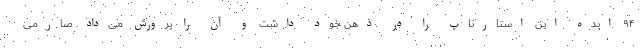
۹۴ ایده این استارتاپ را در ذهن خود داشت و آن را پرورش می‌داد. صارمی